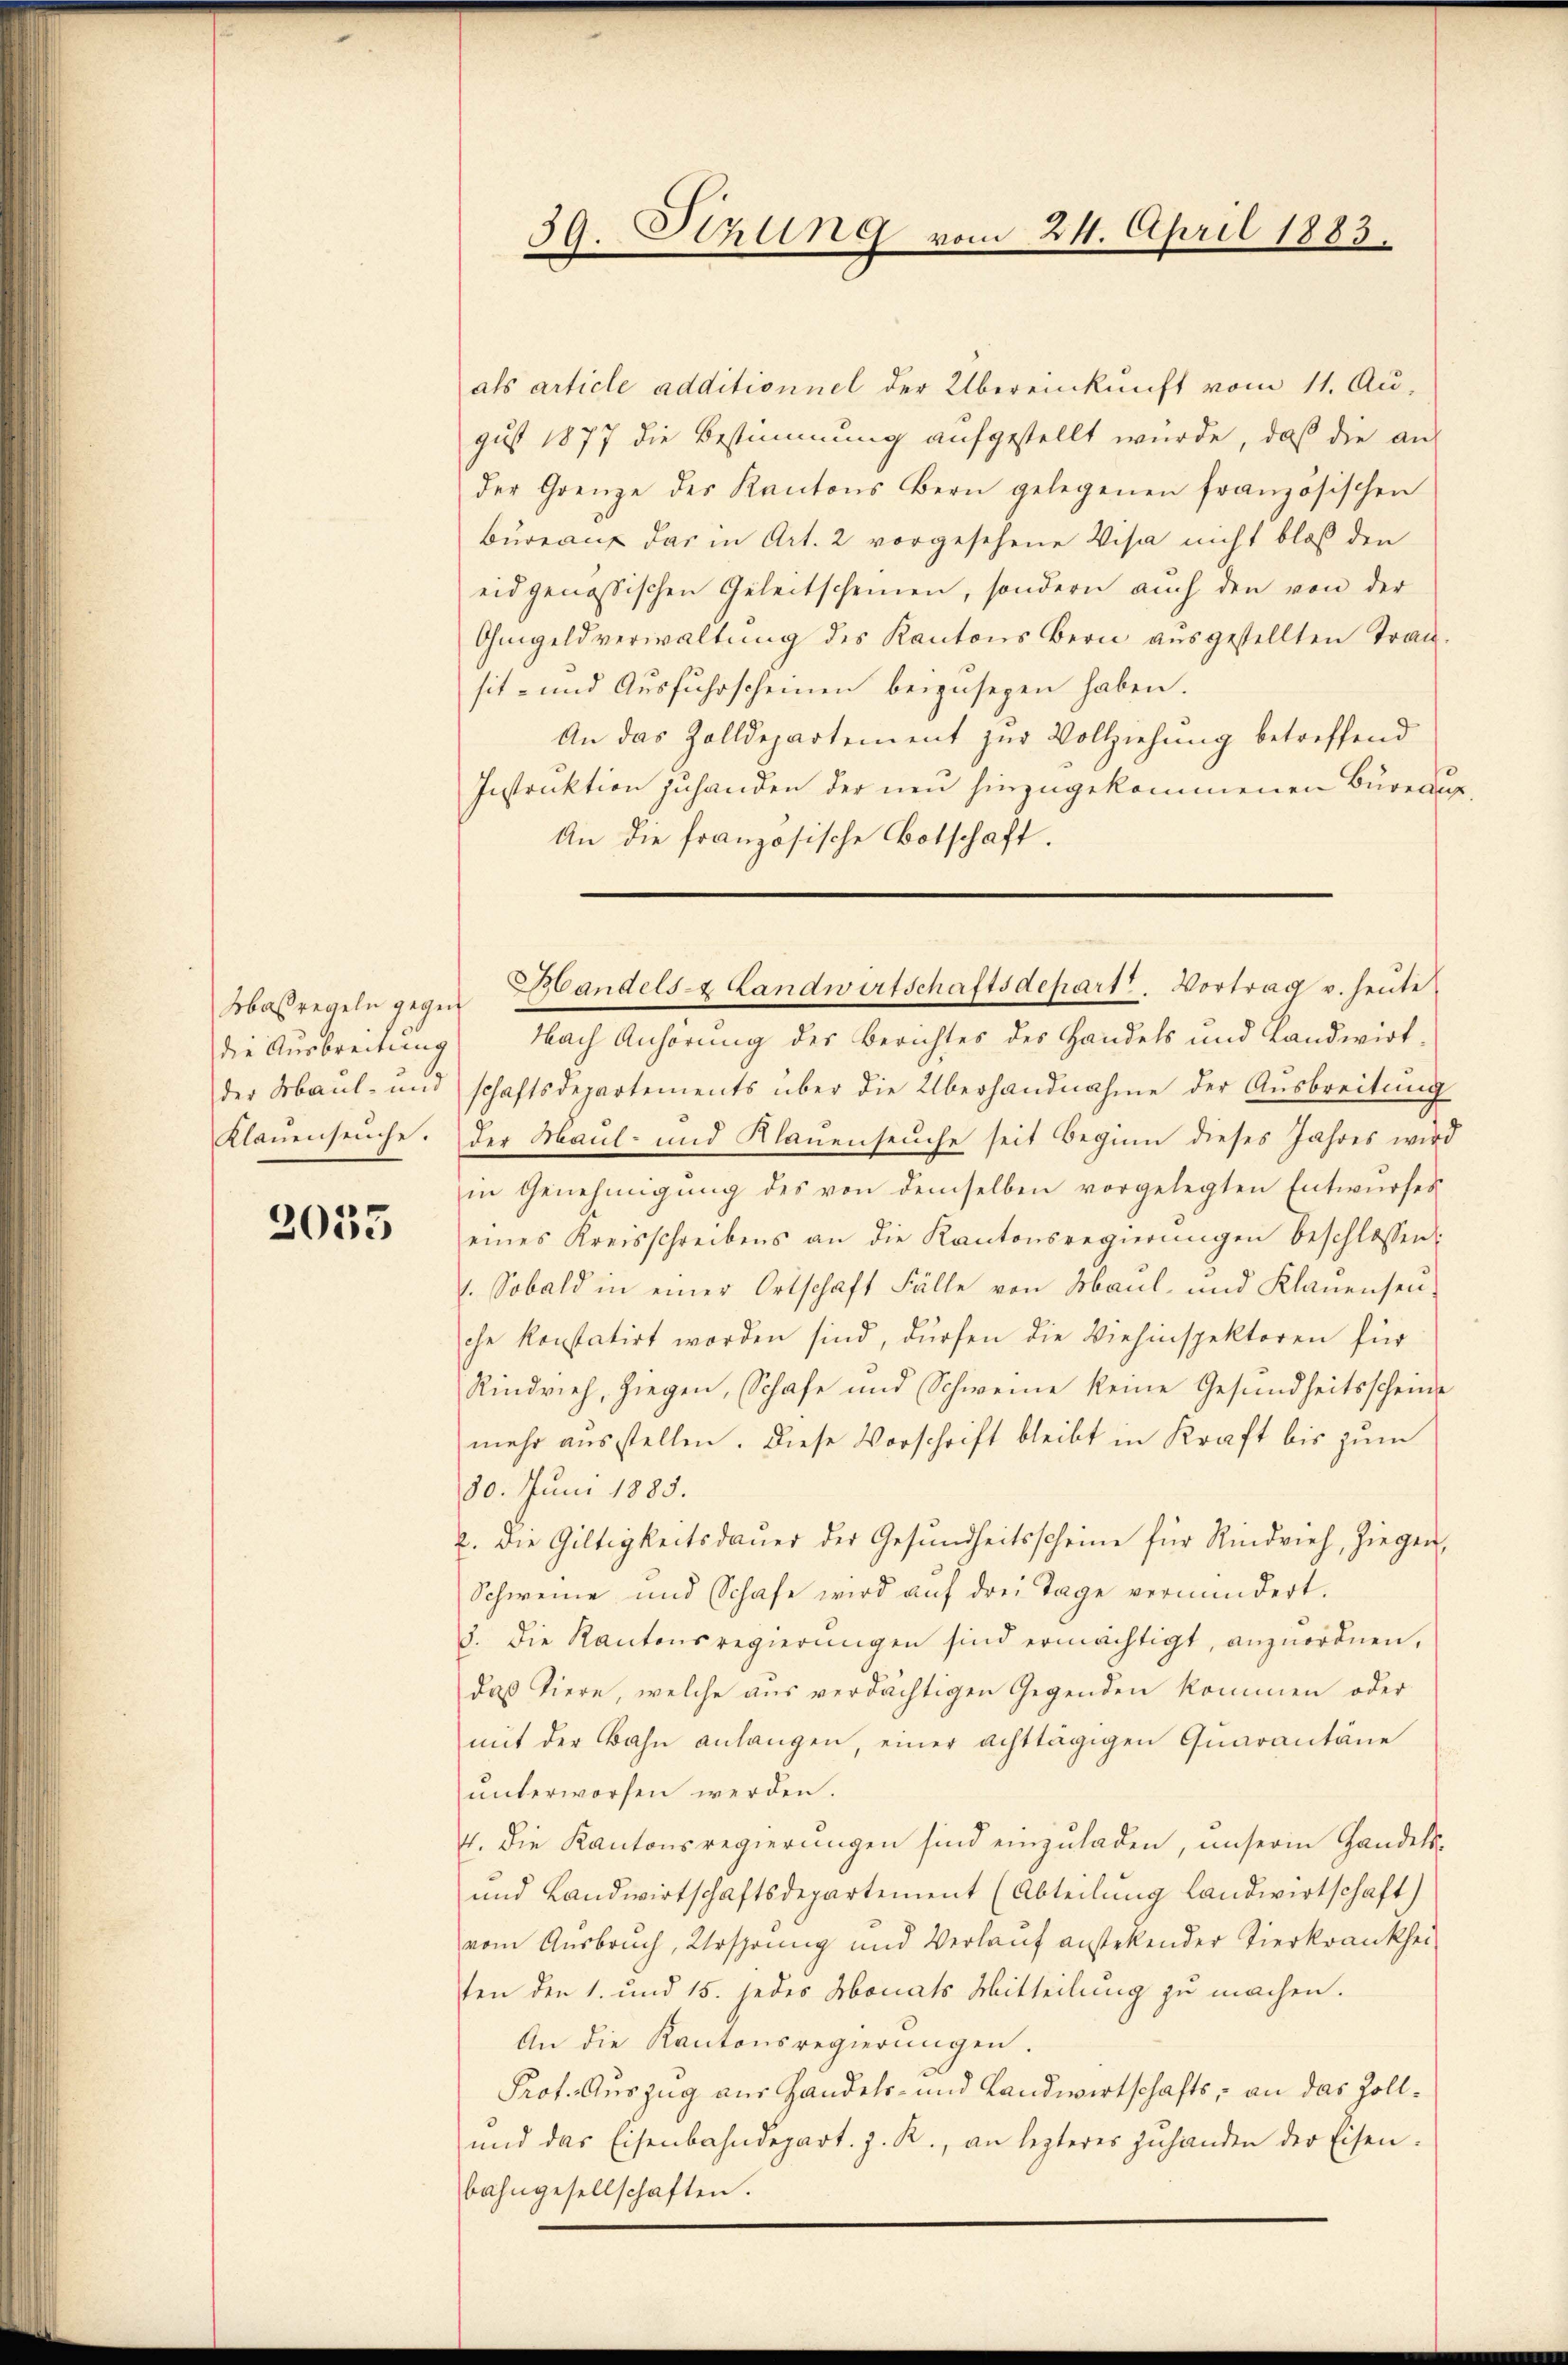
die Ausbreitung
der Maul- und
Klauenseuche.

2035

als article additionnel der Übereinkunft vom 11. Au-
gust 1877 die Bestimmung aufgestellt wurde, daß die aus
der Grenze des Kantons Bern gelegenen französischen
bureau das in Art. 2 vorgesehene Visa nicht bloß den
eidgenössischen Geleitscheinen, sondern auch den von der
Ohmgeld verwaltung des Kantons Bern ausgestellten Transit- und Ausfuhrscheinen beizusegen haben.
An das Zolldepartement zur Vollziehung betreffend
Instruktion zuhanden der neu hinzugekommenen Bureaup¬
An die französische Botschaft.

39.Stzung vom 24. April 1883.

Masregeln gegen Zandels- & Landwirtschaftsdepart. Vortrag v. heute

Nach Anhörung des Berichtes des Handels und Landwirt-
schaftsdepartements über die Überhandnahme der Ausbreitung
der Maul- und Klauenseuche seit Beginn dieses Jahres wird
in Genehmigŭng des von demselben vorgelegten Entwŭrfes
eines Kreisschreibens an die Kantonsregierŭngen beschlossen:
1. Sobald in einer Ortschaft Fälle von Maul- und Klauenseŭ-
che konstatirt worden sind, dürfen die Viehinspektoren für
Rindvieh, Ziegen, Schafe und Schweine keine Gesundheitsscheine
mehr ausstellen. Diese Vorschrift bleibt in Kraft bis zum
30. Juni 1885.
b. Die Gültigkeitsdauer der Gesundheitsscheine für Rindvieh, Ziegen,
Schweine und Schafe wird auf drei Tage vermindert.
3. Die Kantonsregierŭngen sind ermächtigt, anzuordnen,
daß Tiere, welche aus verdächtigen Gegenden kommen oder
mit der Bahn anlangen, einer achttägigen Quarantäne
ŭnterworfen werden.
4. Die Kantonsregierungen sind einzuladen, unsere Handels-
und Landwirtschaftsdepartement (Abteilung Landwirtschaft)
vom Ausbruch, Ursprung und Verlauf anstehender Tierkrankheiten den 1. und 15. jedes Monats Mitteilung zu machen.
An die Kantonsregierŭngen.
Prof. Auszug aus Handels- und Landwirtschafts, an das Zoll¬
und das Eisenbahndepart. J. R., an lezteres zŭhanden der Eisen.
bahngesellschaften.